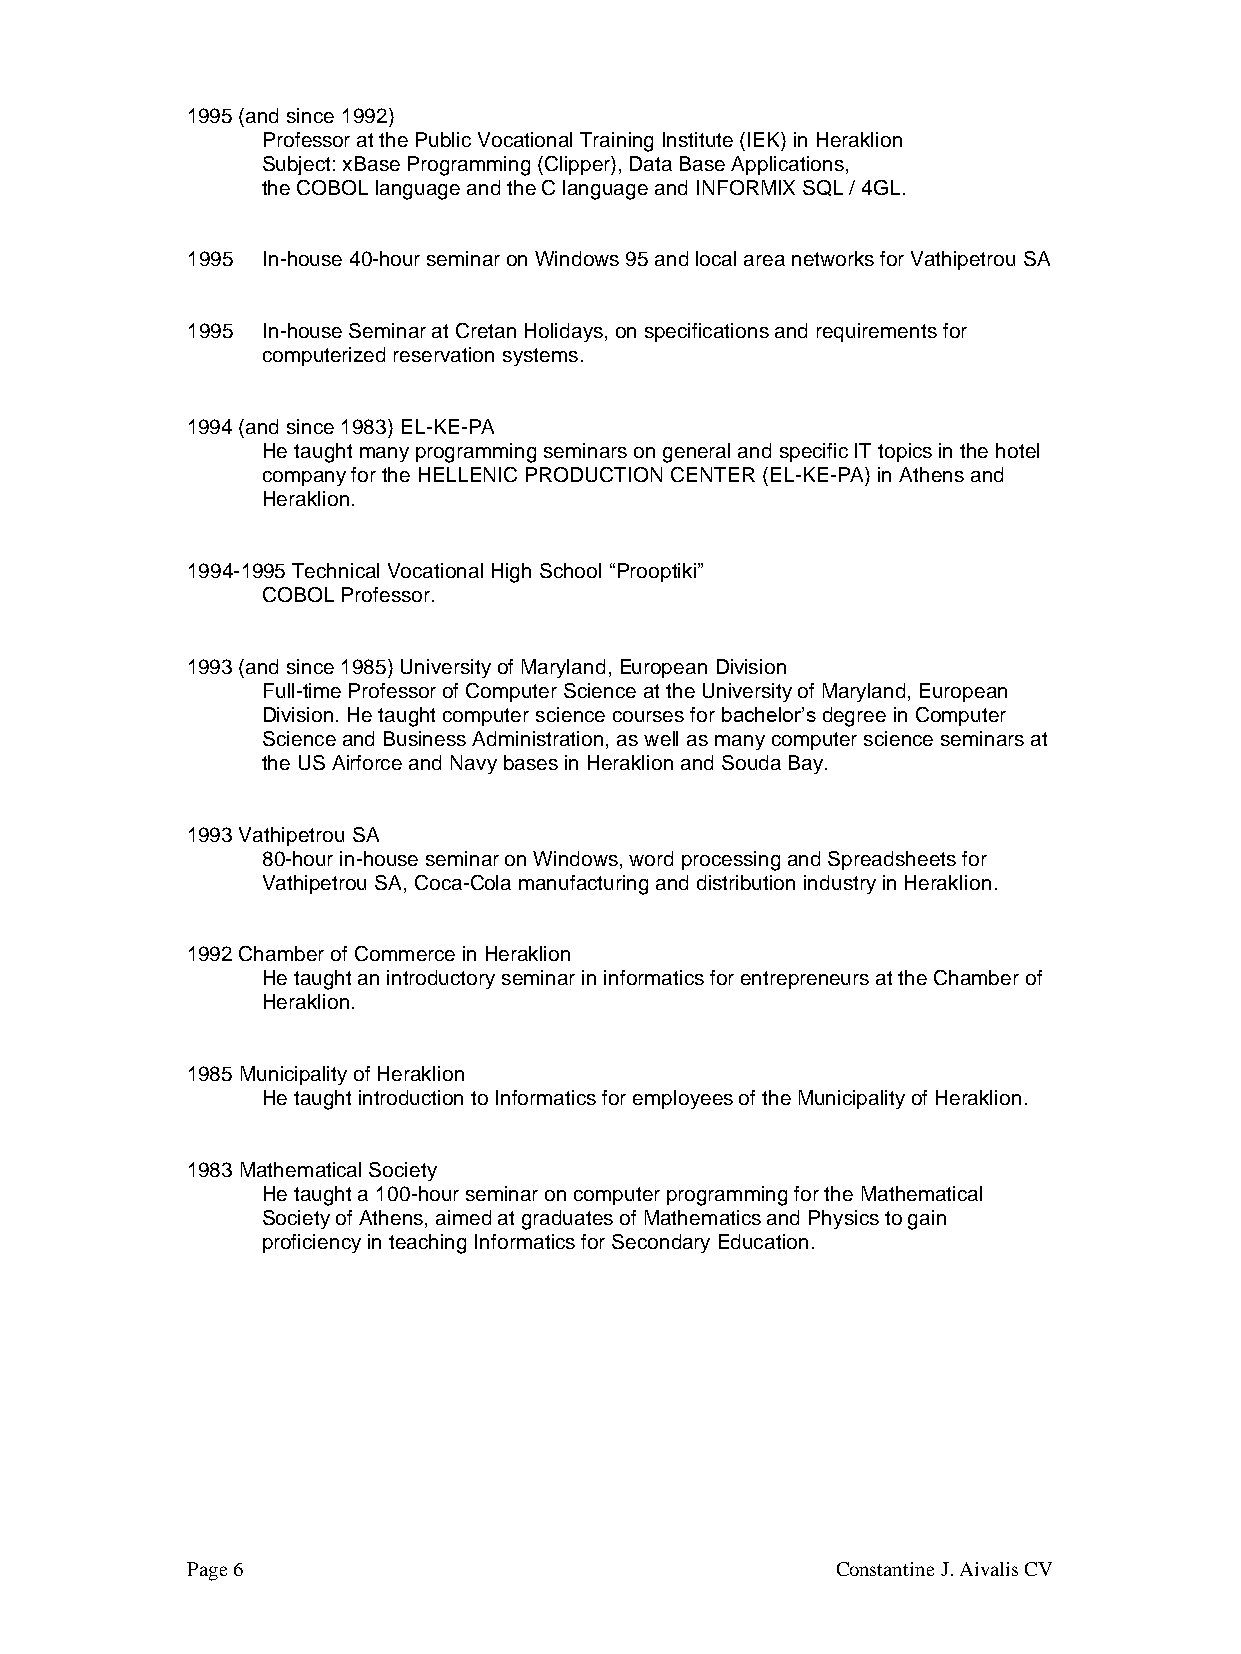
1995 (and since 1992)
 Professor at the Public Vocational Training Institute (IEK) in Heraklion
 Subject: xBase Programming (Clipper), Data Base Applications,
 the COBOL language and the C language and INFORMIX SQL / 4GL.
 1995 In-house 40-hour seminar on Windows 95 and local area networks for Vathipetrou SA
 1995 In-house Seminar at Cretan Holidays, on specifications and requirements for
 computerized reservation systems.
 1994 (and since 1983) EL-KE-PA
 He taught many programming seminars on general and specific IT topics in the hotel
 company for the HELLENIC PRODUCTION CENTER (EL-KE-PA) in Athens and
 Heraklion.
 1994-1995 Technical Vocational High School “Prooptiki”
 COBOL Professor.
 1993 (and since 1985) University of Maryland, European Division
 Full-time Professor of Computer Science at the University of Maryland, European
 Division. He taught computer science courses for bachelor’s degree in Computer
 Science and Business Administration, as well as many computer science seminars at
 the US Airforce and Navy bases in Heraklion and Souda Bay.
 1993 Vathipetrou SA
 80-hour in-house seminar on Windows, word processing and Spreadsheets for
 Vathipetrou SA, Coca-Cola manufacturing and distribution industry in Heraklion.
 1992 Chamber of Commerce in Heraklion
 He taught an introductory seminar in informatics for entrepreneurs at the Chamber of
 Heraklion.
 1985 Municipality of Heraklion
 He taught introduction to Informatics for employees of the Municipality of Heraklion.
 1983 Mathematical Society
 He taught a 100-hour seminar on computer programming for the Mathematical
 Society of Athens, aimed at graduates of Mathematics and Physics to gain
 proficiency in teaching Informatics for Secondary Education.
 Page 6                                     Constantine J. Aivalis CV